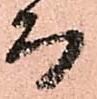
而